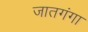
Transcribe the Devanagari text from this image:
जातगंगा